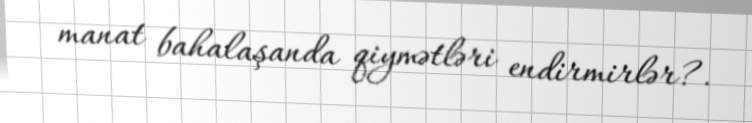
manat bahalaşanda qiymətləri endirmirlər?.